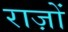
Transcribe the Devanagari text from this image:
राज़ों